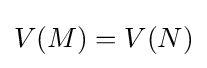
V(M)=V(N)